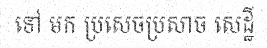
ទៅ មក ប្រសេចប្រសាច សេដ្ឋី